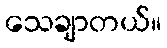
သေချာတယ်။